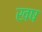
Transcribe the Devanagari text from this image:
खष